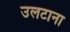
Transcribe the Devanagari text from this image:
उलटाना